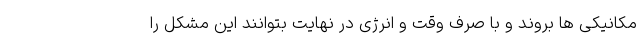
مکانیکی ها بروند و با صرف وقت و انرژی در نهایت بتوانند این مشکل را